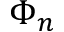
\Phi _ { n }